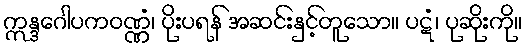
ဣန္ဒဂေါပကဝဏ္ဏံ၊ ပိုးပရန် အဆင်းနှင့်တူသော။ ပဋံ၊ ပုဆိုးကို။